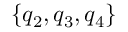
\{ q _ { 2 } , q _ { 3 } , q _ { 4 } \}